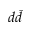
d \bar { d }